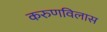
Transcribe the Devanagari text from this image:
करुणविलास